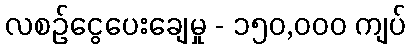
လစဉ်ငွေပေးချေမှု - ၁၅၀,၀၀၀ ကျပ်